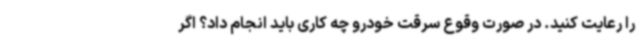
را رعایت کنید. در صورت وقوع سرقت خودرو چه کاری باید انجام داد؟ اگر